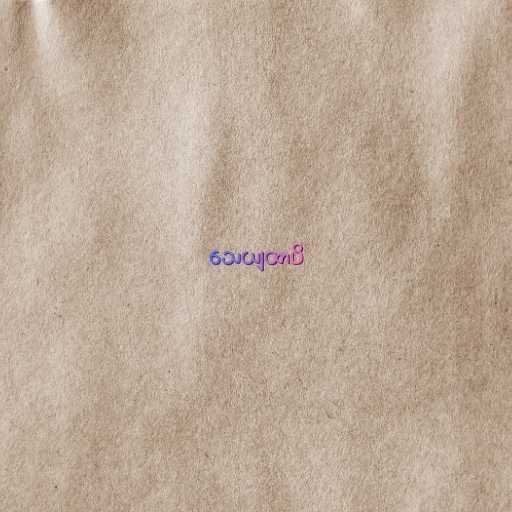
သေယျထာပိ